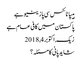
ہیپاٹائٹس سی پازیٹیو ہے
پاکستان میں کافی عام ہے
زیک, ‏اکتوبر 4, 2018
شاید پانی کا مسئلہ؟